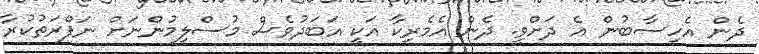
ދެން އެހިސާބުން އެ ދަށްވީ. ދެން އެމެރިކާ އަކީ އަބަދުވެސް މުސްލިމުންނަށް ނަފްރަތުކުރާ